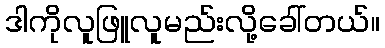
ဒါကိုလူဖြူလူမည်းလို့ခေါ်တယ်။